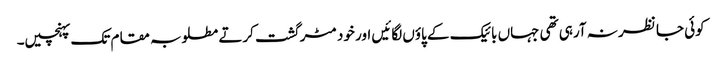
کوئی جا نظر نہ آرہی تھی جہاں بائیک کے پاؤں لگائیں اور خود مٹر گشت کرتے مطلوبہ مقام تک پہنچیں۔